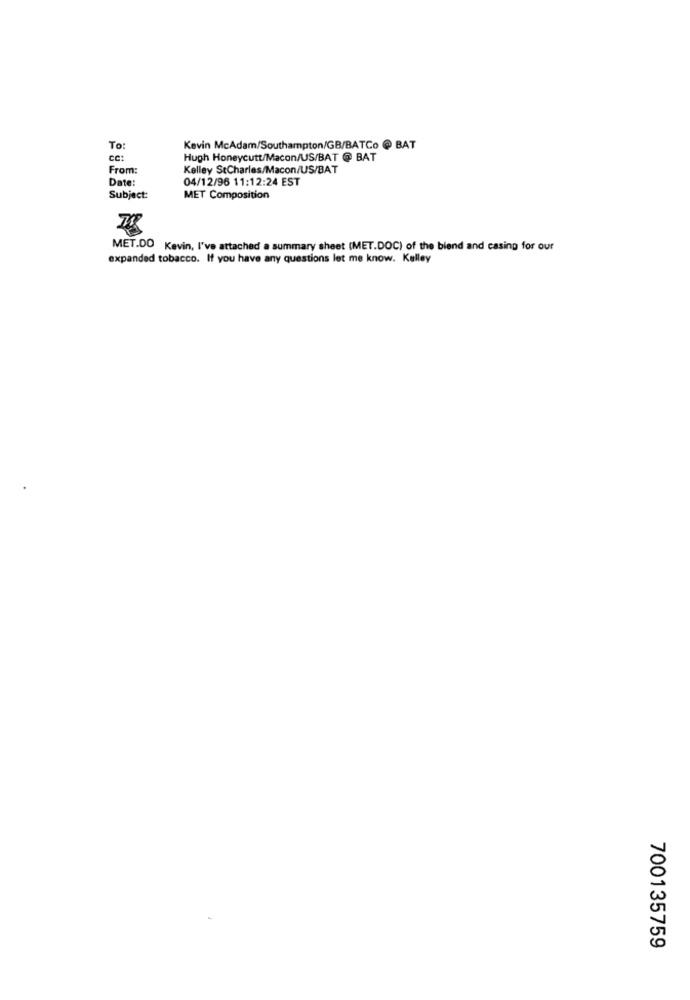
To:
Kevin McAdam/Southampton/GB/BATCo @ BAT
cc:
Hugh Honeycutt/Macon/US/BAT @ BAT
From:
Kelley StCharles/Macon/US/BAT
Date:
04/12/96 11:12:24 EST
Subject:
MET Composition
MET.DO Kevin, I've attached a summary sheet (MET.DOC) of the blend and casing for our
expanded tobacco. If you have any questions let me know. Kelley
700135759